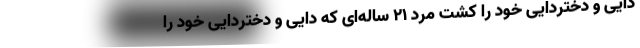
دایی و دختردایی خود را کشت مرد ۲۱ ساله‌ای که دایی و دختردایی خود را